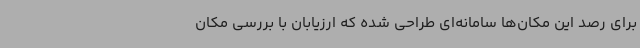
برای رصد این مکان‌ها سامانه‌ای طراحی شده که ارزیابان با بررسی مکان